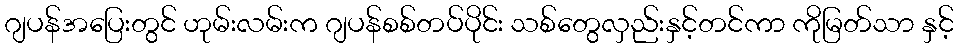
ဂျပန်အပြေးတွင် ဟုမ်းလမ်းက ဂျပန်စစ်တပ်ပိုင်း သစ်တွေလှည်းနှင့်တင်ကာ ကိုမြတ်သာ နှင့်